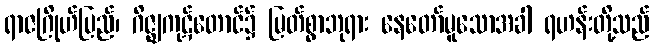
ရာဇဂြိုဟ်ပြည်၊ ဂိဇ္ဈကုဋ်တောင်၌ မြတ်စွာဘုရား နေတော်မူသောအခါ ရဟန်းတို့သည်